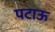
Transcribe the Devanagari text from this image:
पटाऊ